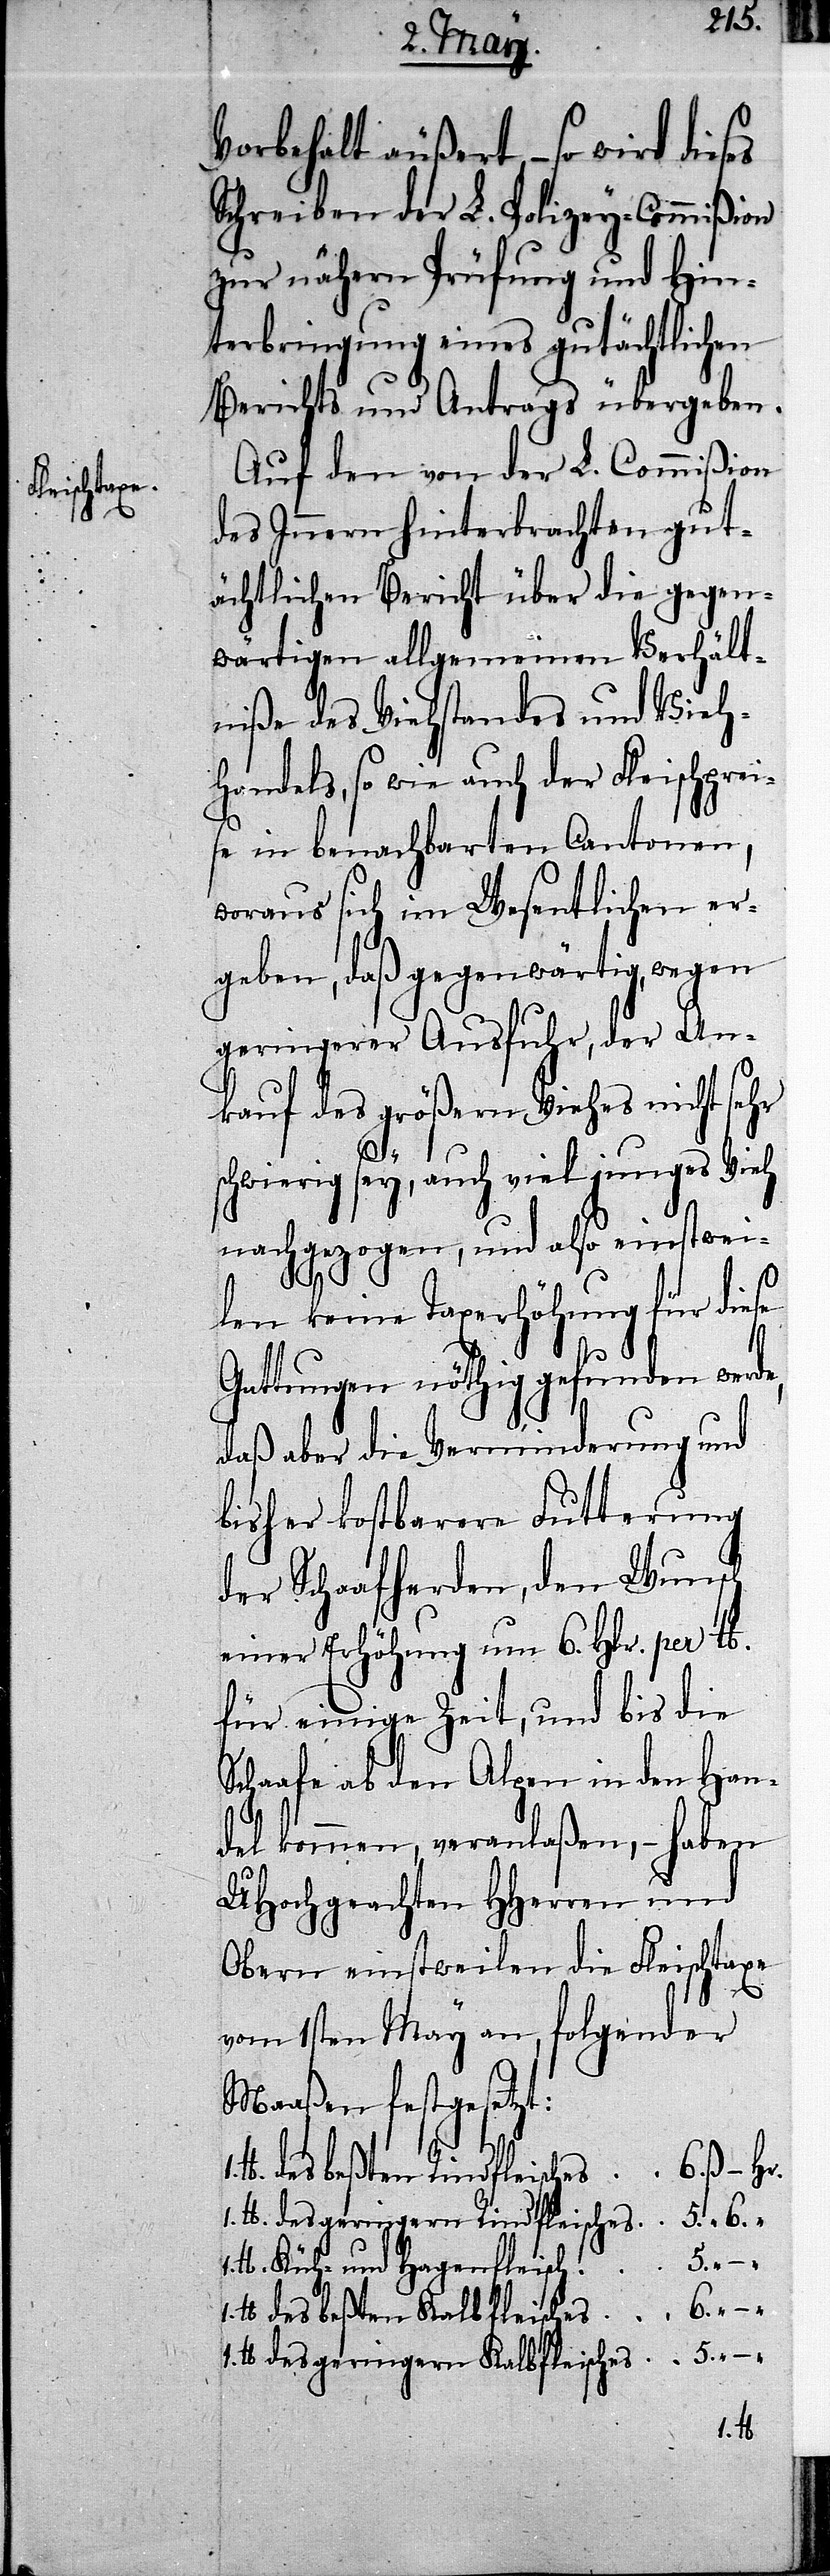
Vorbehalt äußert, – so wird dieses
Schreiben der L. Polizey-Commißion
zur nähern Prüfung und Hin¬
terbringung eines gutächtlichen
Berichts und Antrags übergeben.
Auf den von der L. Commißion
des Innern hinterbrachten gut¬
ächtlichen Bericht über die gegen¬
wärtigen allgemeinen Verhält¬
niße des Viehstandes und Vieh¬
handels, so wie auch der Fleischprei¬
se in benachbarten Cantonen,
woraus sich im Wesentlichen er¬
geben, daß gegenwärtig, wegen
geringerer Ausfuhr, der An¬
kauf des größern Viehes nicht sehr
schwierig sey, auch viel junges Vieh
nachgezogen, und also einstwei¬
len keine Taxerhöhung für diese
Gattungen nöthig gefunden werde,
daß aber die Verminderung und
bisher kostbare Futterung
der Schaafherden, den Wunsch
einer Erhöhung um 6. Hlr. per lb.
für einige Zeit, und bis die
Schaafe ab den Alpen in den Han¬
del kommen, veranlaßen, – haben
UHochgeachten HHerren und
Obern einstweilen die Fleischtaxe
vom 1sten May an, folgender
Maaßen festgesetzt:
1.
lb. des beßten Rindfleisches	6. ß – Hr.
1. lb. des geringern Rindfleisches	5. “ 6.
des Küh- und Hagenfleisch	5. “ –
lb des beßten Kalbfleisches	6. “ –
lb des geringern Kalbfleisches	5.
1. lb.